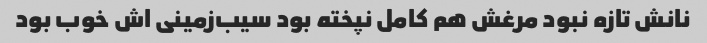
نانش تازه نبود مرغش هم کامل نپخته بود سیب‌زمینی‌ اش خوب بود